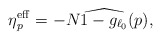
\begin{align*}\eta_p^\mathrm{eff}=-N\widehat{1-g_{\ell_0}}(p),\end{align*}